Report on horse surra - Volume I
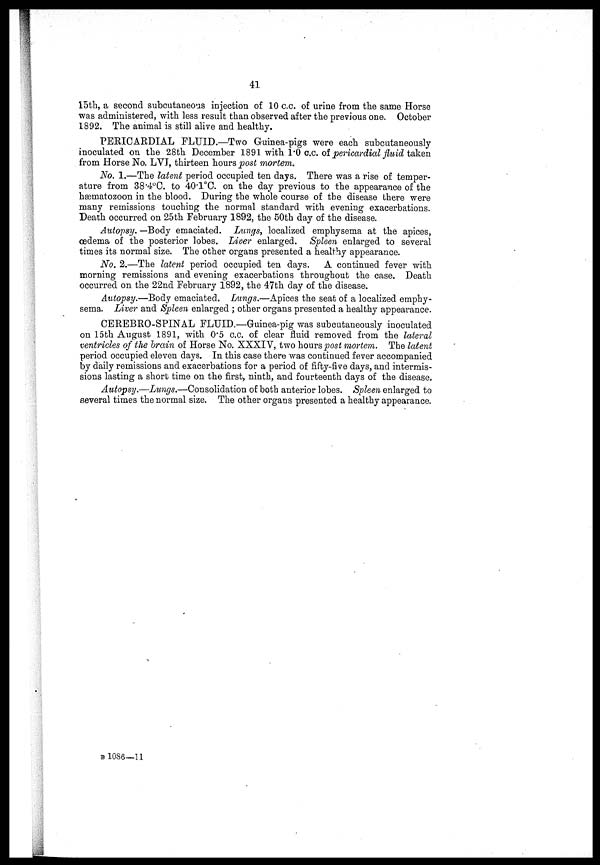
41
15th, a second subcutaneous injection of 10 c.c. of urine from the same Horse
was administered, with less result than observed after the previous one. October
1892. The animal is still alive and healthy.
PERICARDIAL FLUID.—Two Guinea-pigs were each subcutaneously
inoculated on the 28th December 1891 with 1.0 c.c. of pericardial fluid taken
from Horse No. LVI, thirteen hours post mortem.
No. 1.—The latent period occupied ten days. There was a rise of temper-
ature from 38.4°C. to 40.1°C. on the day previous to the appearance of the
hæmatozoon in the blood. During the whole course of the disease there were
many remissions touching the normal standard with evening exacerbations.
Death occurred on 25th February 1892, the 50th day of the disease.
Autopsy. —Body emaciated. Lungs, localized emphysema at the apices,
oedema of the posterior lobes. Liver enlarged. Spleen enlarged to several
times its normal size. The other organs presented a healthy appearance.
No, 2.—The latent period occupied ten days. A continued fever with
morning remissions and evening exacerbations throughout the case. Death
occurred on the 22nd February 1892, the 47th day of the disease.
Autopsy.—Body emaciated. Lungs.—Apices the seat of a localized emphy-
sema. Liver and Spleen enlarged ; other organs presented a healthy appearance.
CEREBRO-SPINAL FLUID.—Guinea-pig was subcutaneously inoculated
on 15th August 1891, with 0.5 c.c. of clear fluid removed from the lateral
ventricles of the brain of Horse No. XXXIV, two hours post mortem. The latent
period occupied eleven days. In this case there was continued fever accompanied
by daily remissions and exacerbations for a period of fifty-five days, and intermis-
sions lasting a short time on the first, ninth, and fourteenth days of the disease.
Autopsy.—Lungs.—Consolidation of both anterior lobes. Spleen enlarged to
several times the normal size. The other organs presented a healthy appearance.
B 1086—11